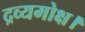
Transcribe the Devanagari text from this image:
द्रव्यमोक्ष।